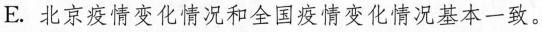
E.3北京疫情变化情况和全国疫情变化情况基本一致。